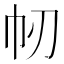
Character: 㠴